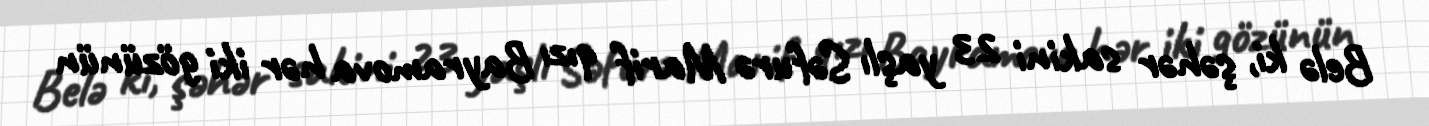
Belə ki, şəhər sakini 23 yaşlı Səfurə Marif qızı Bayramova hər iki gözünün